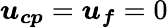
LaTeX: \boldsymbol{u_{cp}}=\boldsymbol{u_{f}}=0